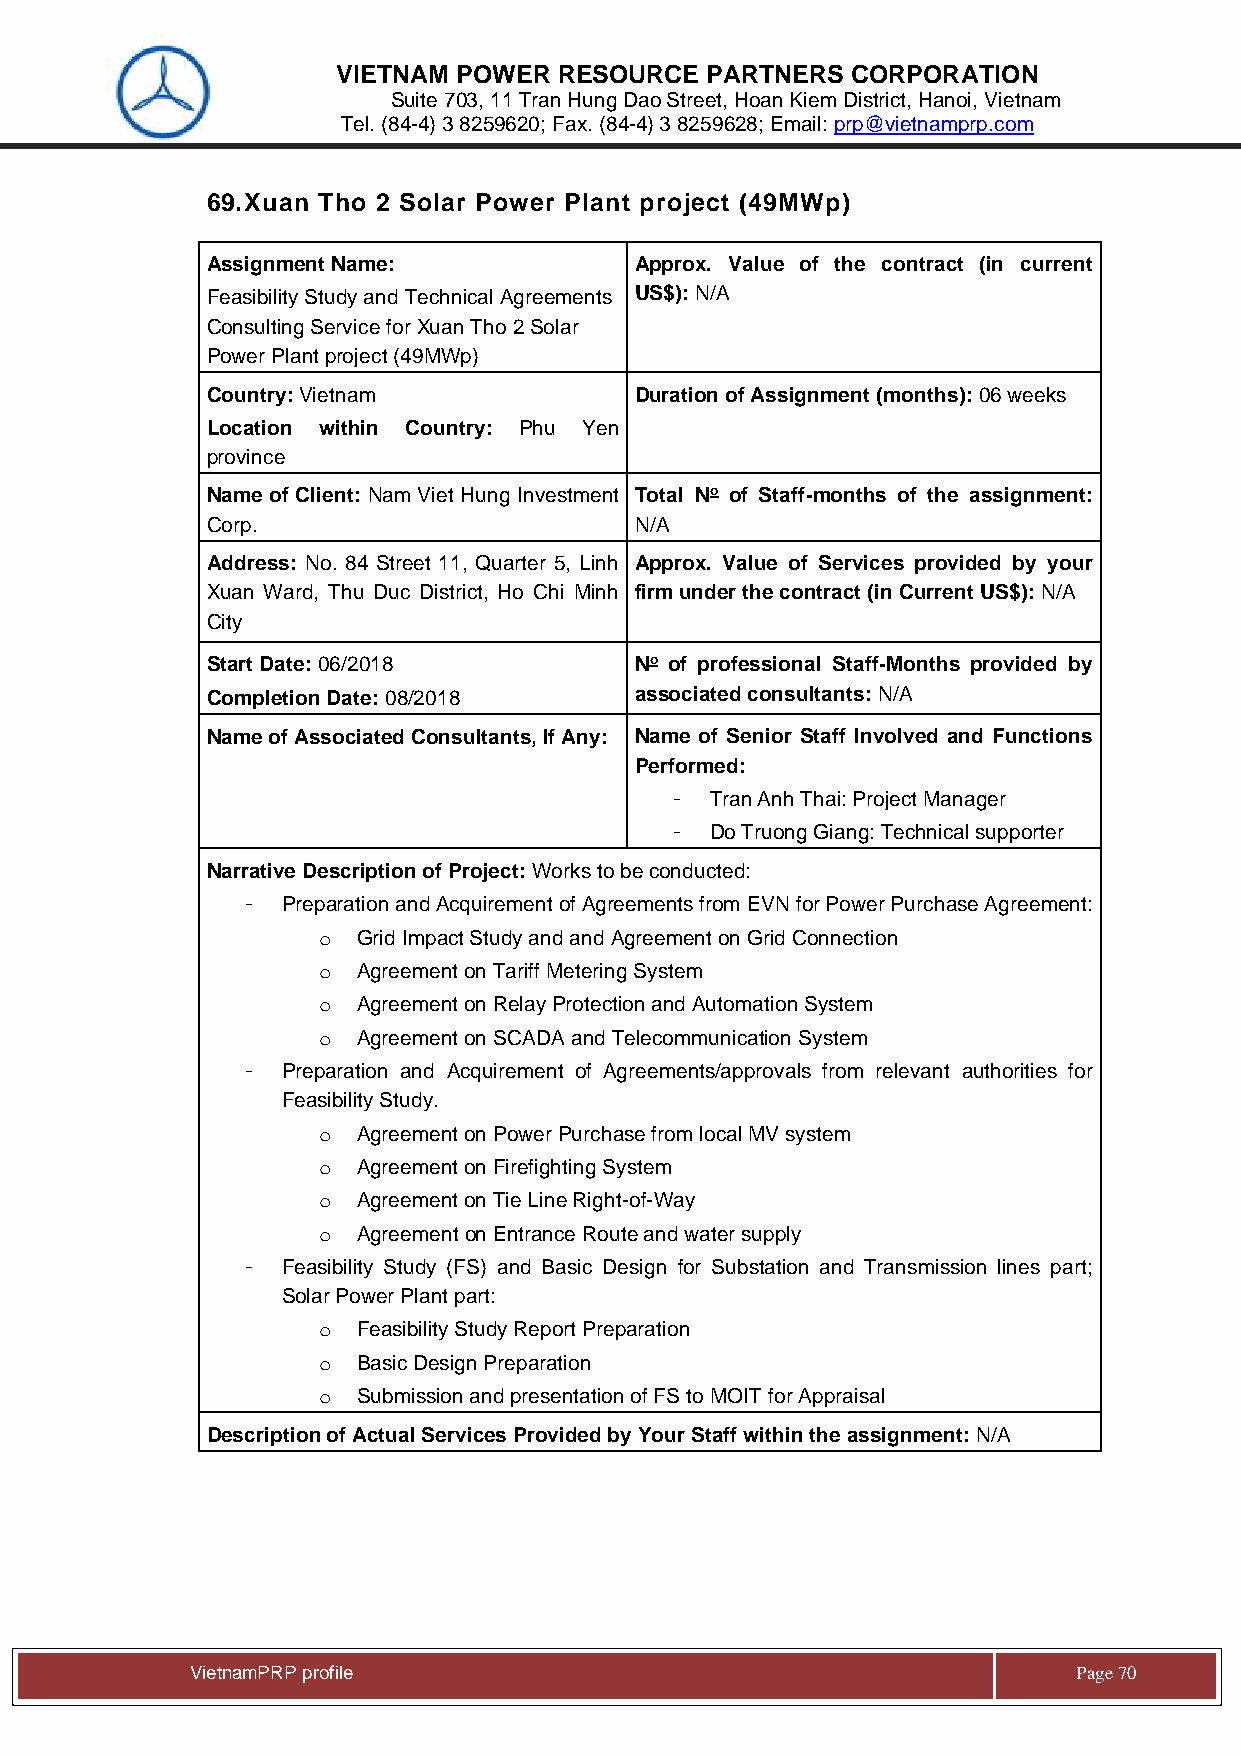
VIETNAM POWER  RESOURCE  PARTNERS CORPORATION
 Suite 703, 11 Tran Hung Dao Street, Hoan Kiem District, Hanoi, Vietnam
 Tel. (84-4) 3 8259620; Fax. (84-4) 3 8259628; Email: prp@vietnamprp.com
 69. Xuan Tho 2 Solar Power Plant project (49MWp)
 Assignment Name:            Approx. Value of the contract (in current
 Feasibility Study and Technical Agreements US$): N/A
 Consulting Service for Xuan Tho 2 Solar
 Power Plant project (49MWp)
 Country: Vietnam            Duration of Assignment (months): 06 weeks
 Location within Country: Phu Yen
 province
 Name of Client: Nam Viet Hung Investment Total No of Staff-months of the assignment:
 Corp.                       N/A
 Address: No. 84 Street 11, Quarter 5, Linh Approx. Value of Services provided by your
 Xuan Ward, Thu Duc District, Ho Chi Minh firm under the contract (in Current US$): N/A
 City
 Start Date: 06/2018         No of professional Staff-Months provided by
 Completion Date: 08/2018    associated consultants: N/A
 Name of Associated Consultants, If Any: Name of Senior Staff Involved and Functions
 Performed:
 -  Tran Anh Thai: Project Manager
 -  Do Truong Giang: Technical supporter
 Narrative Description of Project: Works to be conducted:
 -  Preparation and Acquirement of Agreements from EVN for Power Purchase Agreement:
 o  Grid Impact Study and and Agreement on Grid Connection
 o  Agreement on Tariff Metering System
 o  Agreement on Relay Protection and Automation System
 o  Agreement on SCADA and Telecommunication System
 -  Preparation and Acquirement of Agreements/approvals from relevant authorities for
 Feasibility Study.
 o  Agreement on Power Purchase from local MV system
 o  Agreement on Firefighting System
 o  Agreement on Tie Line Right-of-Way
 o  Agreement on Entrance Route and water supply
 -  Feasibility Study (FS) and Basic Design for Substation and Transmission lines part;
 Solar Power Plant part:
 o  Feasibility Study Report Preparation
 o  Basic Design Preparation
 o  Submission and presentation of FS to MOIT for Appraisal
 Description of Actual Services Provided by Your Staff within the assignment: N/A
 Vie tnamPRP profile                                       Page 70